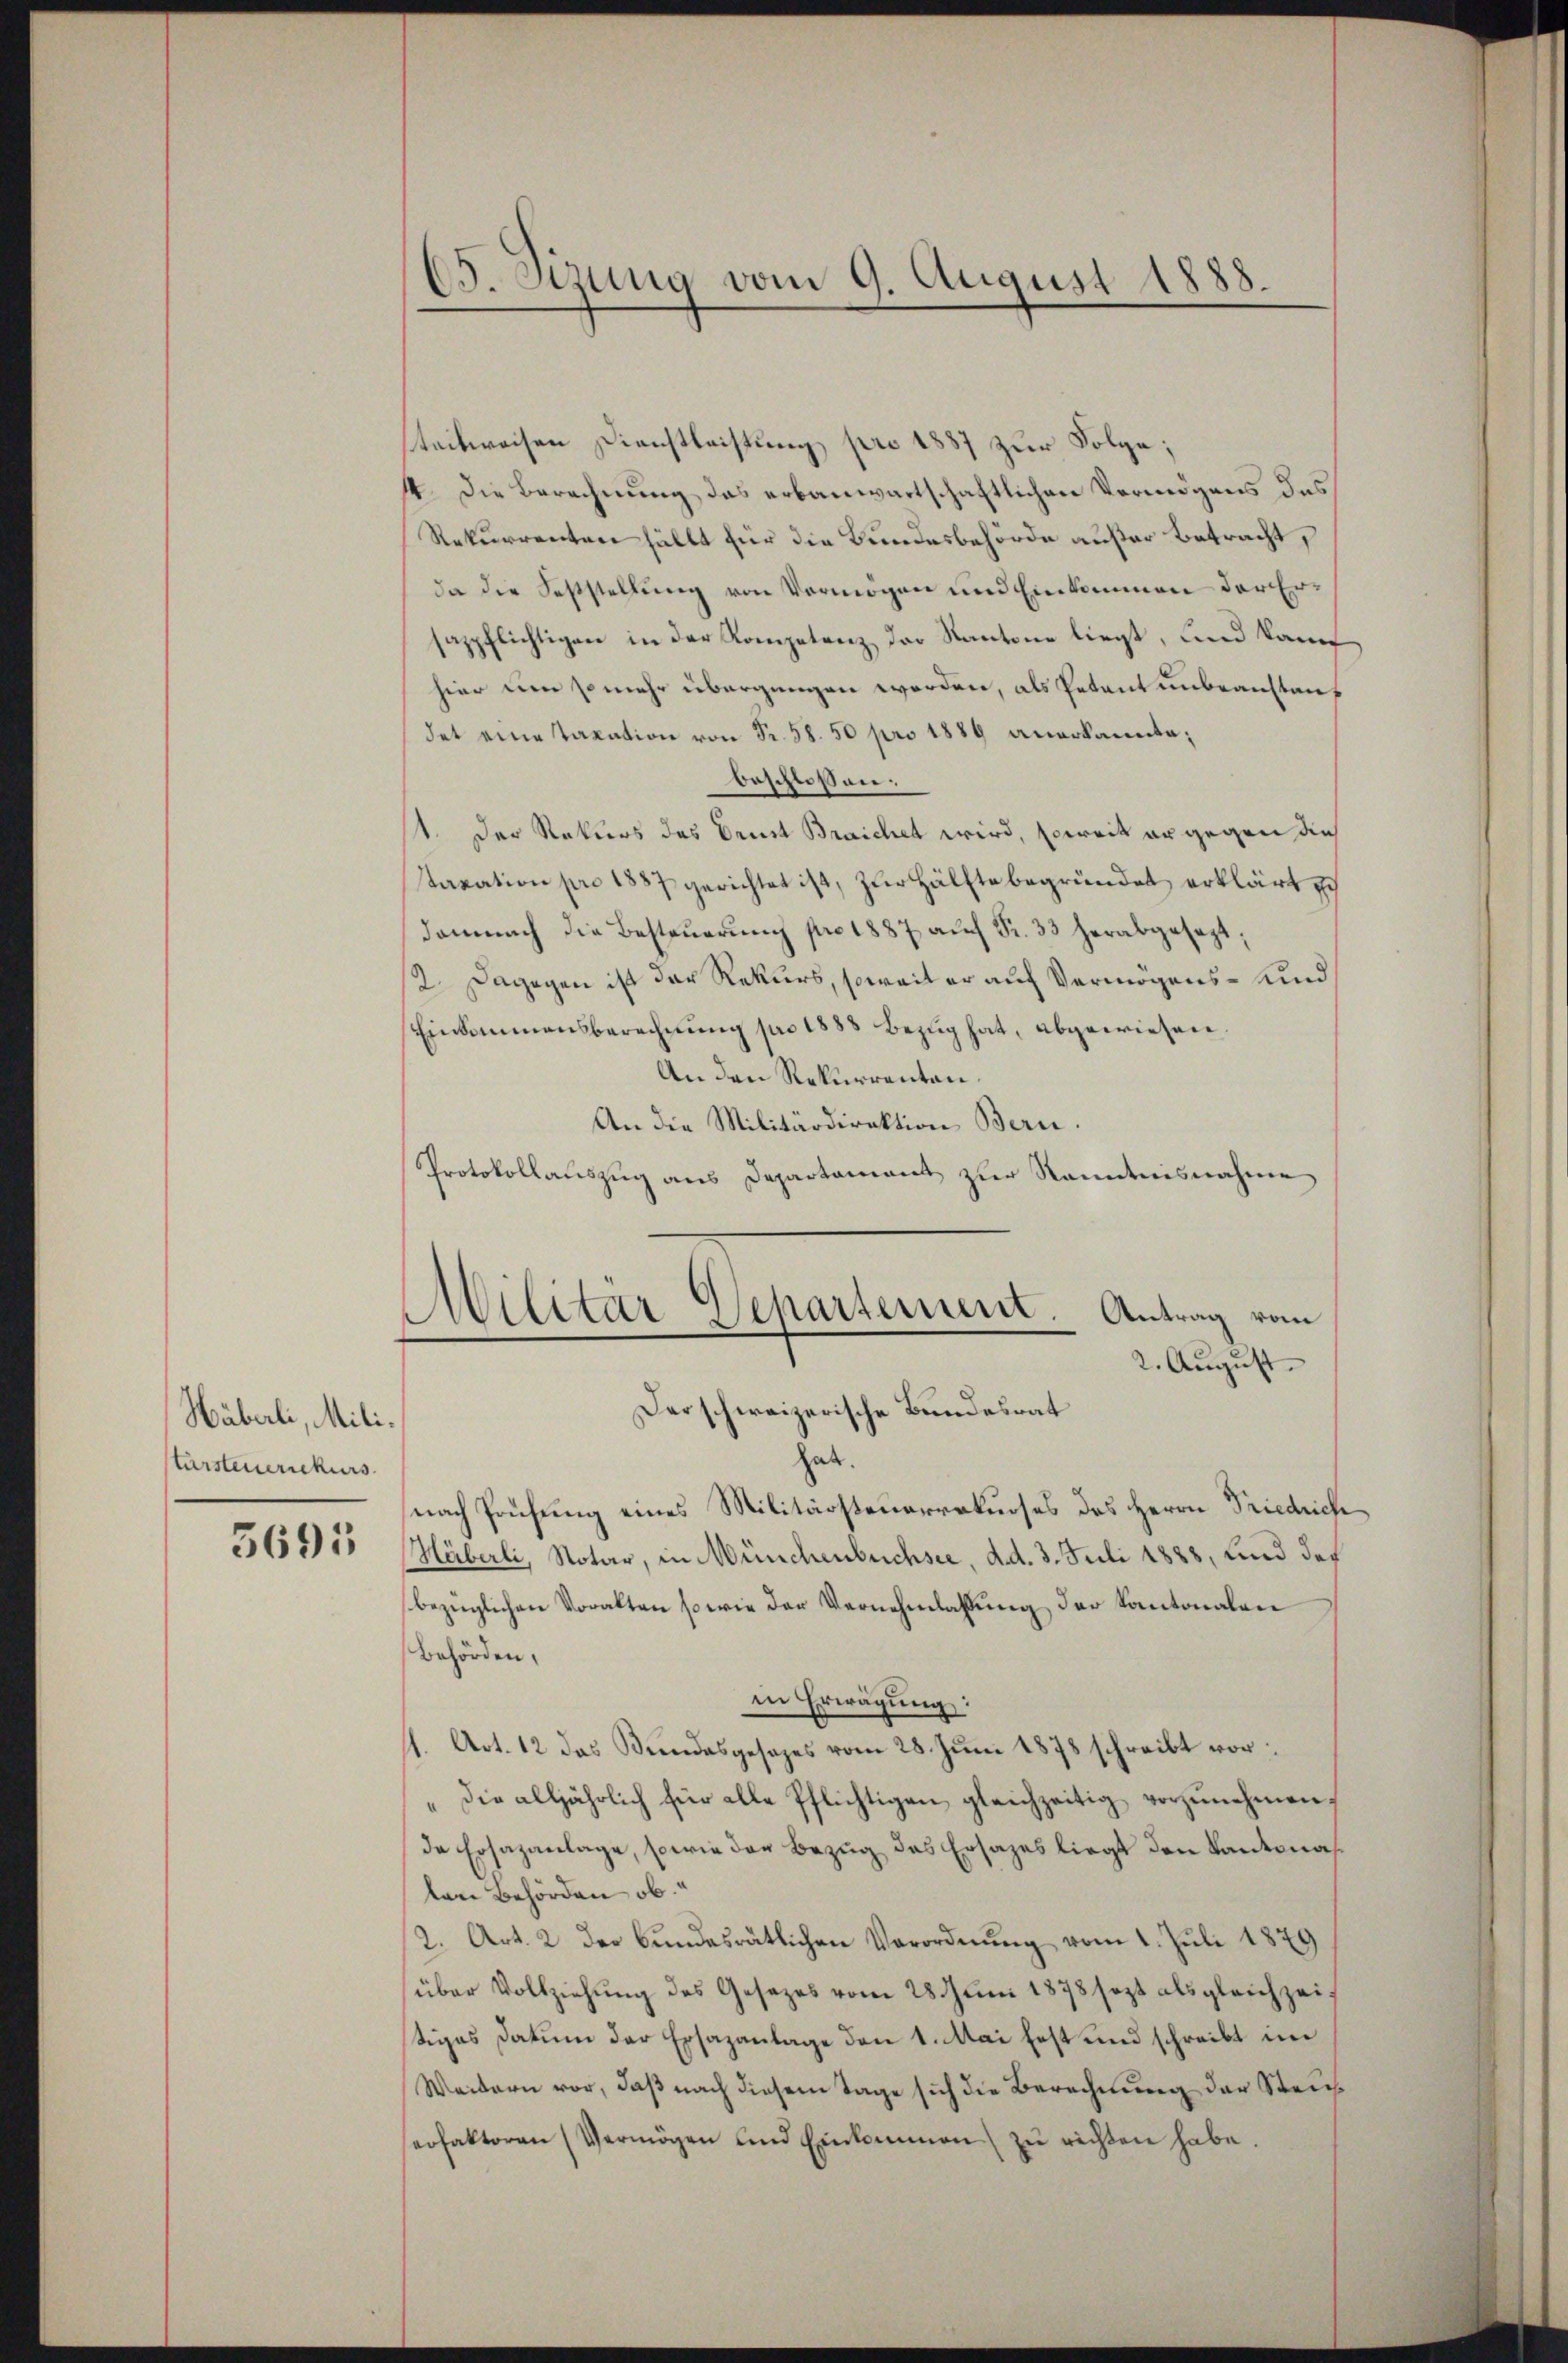
Häberli, Militarsteuernkurs

5691

65. Sizung vom 9. August 1888.

teilweisen Dienstleistung pro 1887 zur Folge;
4. Die Berechnung das erbauwartschaftlichen Vermögens des
Rekurrenten fällt für die Bundesbehörde außer betracht,
da die Feststellung von Vermögen und Einkommen der Ersazpflichtigen in der Kompetenz der Kantone liegt, und kann
hier um so mehr übergangen worden, als Petent unbeanstandet eine Taxation von Fr. 58. 50 pro 1889 anerkannte;
beschlossen:
1. Der Rekurs das Ernst Braichet wird, soweit er gegen dies
staxation pro 1887 gerichtet ist, zur Hälfte begründet erklärt
damnach die Besteŭerŭng pro 1887 aŭf Fr. 33 herabgesezt,
/2. Dagegen ist der Rekurs, soweit er auf Vermögens- und
Einkommensberechnung pro 1883 Bezug hat, abgewiesen.
An den Rekurrenten.
An die Militärdirektion Bern.
Protokollauszug aus Departament zur Kenntnisnahme

Militär-Departement. Antrag vom
2. August.
Der schweizerische Bundesrat

hat.
nach Prüfung eines Militärsteuerrekurses des Herrn Friedrich
Häberli, Notar, in Münchenbuchsee, d. d. 3. Juli 1888, und das
bezüglichen Voralten so wie der Vernehmlassung der Kantonalen
behörden,
in Erwägung:
11. Art. 12 das Bundesgesezes vom 28. Juni 1878 schreibt vordie alljährlich für alle Pflichtigen gleichzeitig vorzŭnehmen,
de Ersazanlage, sowie der Bezug des Ersatzes liegt den Kantona
len Behörden ob.
2. Art. 2 der bundesrätlichen Verordnŭng vom 1. Juli 1879
über Vollziehung des Gesezes vom 28. Juni 1878 sezt als gleichzeitiges Datum der Ersazanlage den 1. Mai fest und schreibt im
Weitern vor, daβ nach diesem Tage sich die Berechnung der Steins
serfaktoren (Vermögen und Einkommen zŭ richten habe.